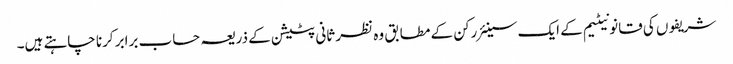
شریفوں کی قانونیٹیم کے ایک سینئر رکن کے مطابق وہ نظر ثانی پٹیشن کے ذریعہ حساب برابر کرنا چاہتے ہیں۔